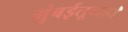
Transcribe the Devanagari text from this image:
मुंबईतूनही